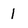
Character: 1